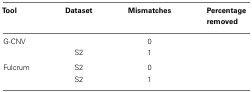
<table><thead><tr><td><b>Tool</b></td><td><b>Dataset</b></td><td><b>Mismatches</b></td><td><b>Percentage removed</b></td></tr></thead><tbody><tr><td>G-CNV</td><td>[EMPTY_CELL]</td><td>0</td><td>[EMPTY_CELL]</td></tr><tr><td>[EMPTY_CELL]</td><td>S2</td><td>1</td><td>[EMPTY_CELL]</td></tr><tr><td>Fulcrum</td><td>S2</td><td>0</td><td>[EMPTY_CELL]</td></tr><tr><td>[EMPTY_CELL]</td><td>S2</td><td>1</td><td>[EMPTY_CELL]</td></tr></tbody></table>